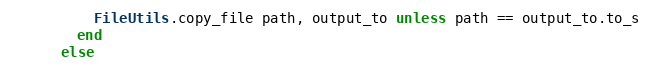
Language: Ruby
          FileUtils.copy_file path, output_to unless path == output_to.to_s
        end
      else